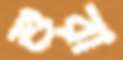
শুরা